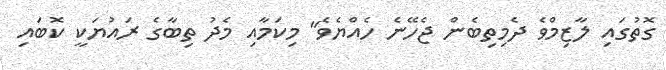
ގޮތުގައި ލާޒިމްވެ ދެމިތިބެން ޖެހޭނެ ހެއްޔެވެ" މިކަމާއި މެދު ތިބާގެ ރައުޔަކީ ކޮބައި